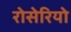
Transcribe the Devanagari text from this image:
रोसेरियो